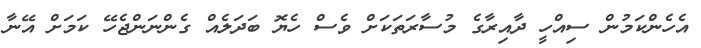
އެހެންކަމުން ސިއްހީ ދާއިރާގެ މުސާރަތަކަށް ވެސް ހެޔޮ ބަދަލެއް ގެންނަންޖެހޭ ކަމަށް އޭނާ